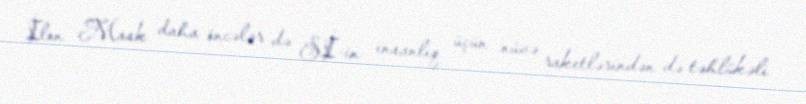
İlon Mask daha öncələr də Sİ-in insanlıq üçün nüvə raketlərindən də təhlükəli